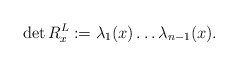
\begin{align*}\det R^L_x:=\lambda_1(x)\ldots\lambda_{n-1}(x).\end{align*}